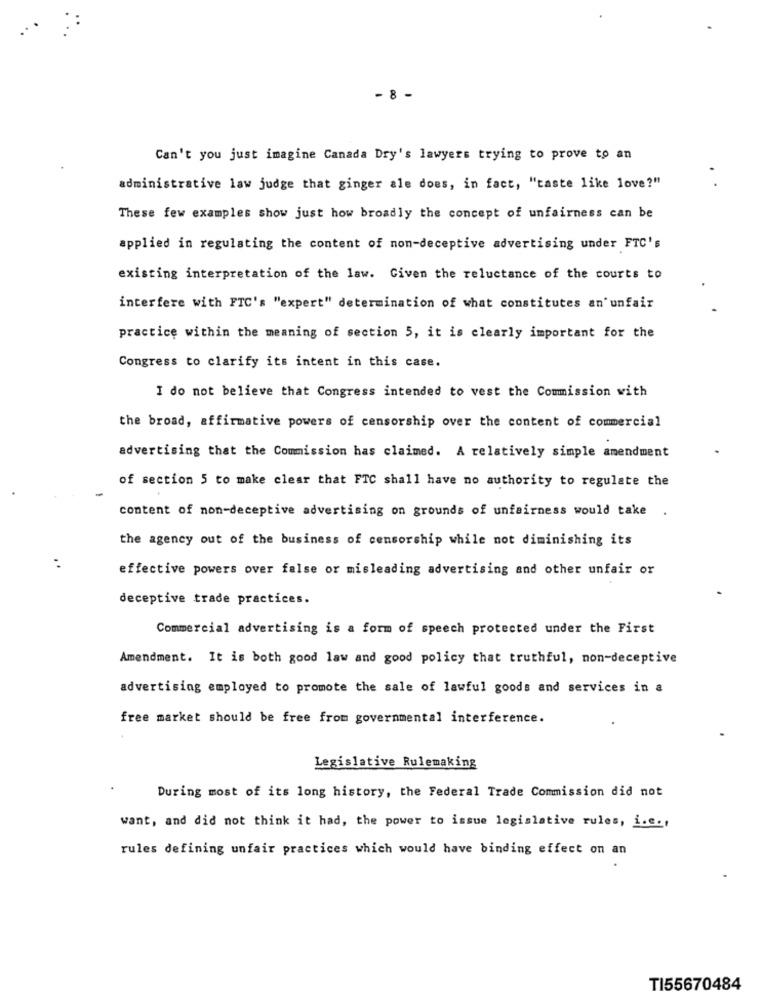
- 8 -
Can't you just imagine Canada Dry's lawyers trying to prove to an
administrative law judge that ginger ale does, in fact, "taste like love?"
These few examples show just how broadly the concept of unfairness can be
applied in regulating the content of non-deceptive advertising under FTC's
existing interpretation of the law. Given the reluctance of the courts to
interfere with FTC's "expert" determination of what constitutes an'unfair
practice within the meaning of section 5, it is clearly important for the
Congress to clarify its intent in this case.
I do not believe that Congress intended to vest the Commission with
the broad, affirmative powers of censorship over the content of commercial
advertising that the Commission has claimed. A relatively simple amendment
of section 5 to make clear that FTC shall have no authority to regulate the
content of non-deceptive advertising on grounds of unfairness would take
.
the agency out of the business of censorship while not diminishing its
effective powers over false or misleading advertising and other unfair or
deceptive trade practices.
Commercial advertising is a form of speech protected under the First
Amendment. It is both good law and good policy that truthful, non-deceptive
advertising employed to promote the sale of lawful goods and services in a
free market should be free from governmental interference.
Legislative Rulemaking
During most of its long history, the Federal Trade Commission did not
want, and did not think it had, the power to issue legislative rules, i.e .,
rules defining unfair practices which would have binding effect on an
TI55670484